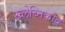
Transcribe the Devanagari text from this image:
ख्लेब्निकोव